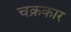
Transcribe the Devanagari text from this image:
चक्रकार